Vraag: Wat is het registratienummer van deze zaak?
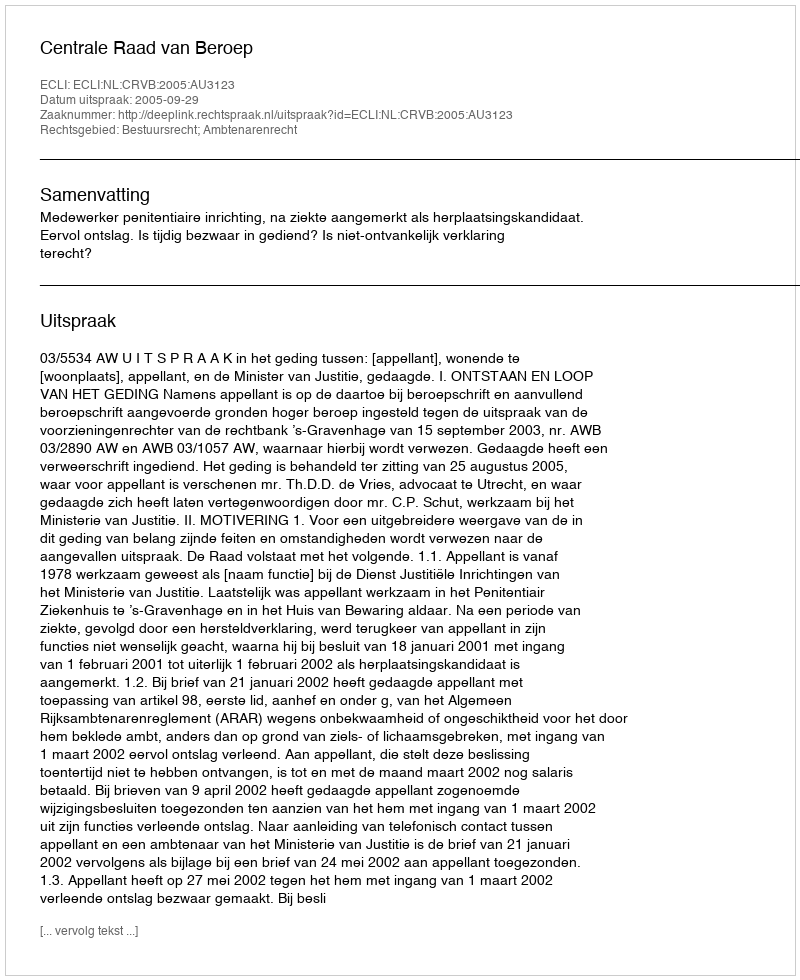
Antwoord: http://deeplink.rechtspraak.nl/uitspraak?id=ECLI:NL:CRVB:2005:AU3123